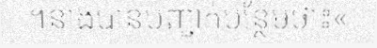
។នាងបានបញ្ជាក់បន្ថែមថា៖«